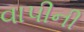
વાપીની